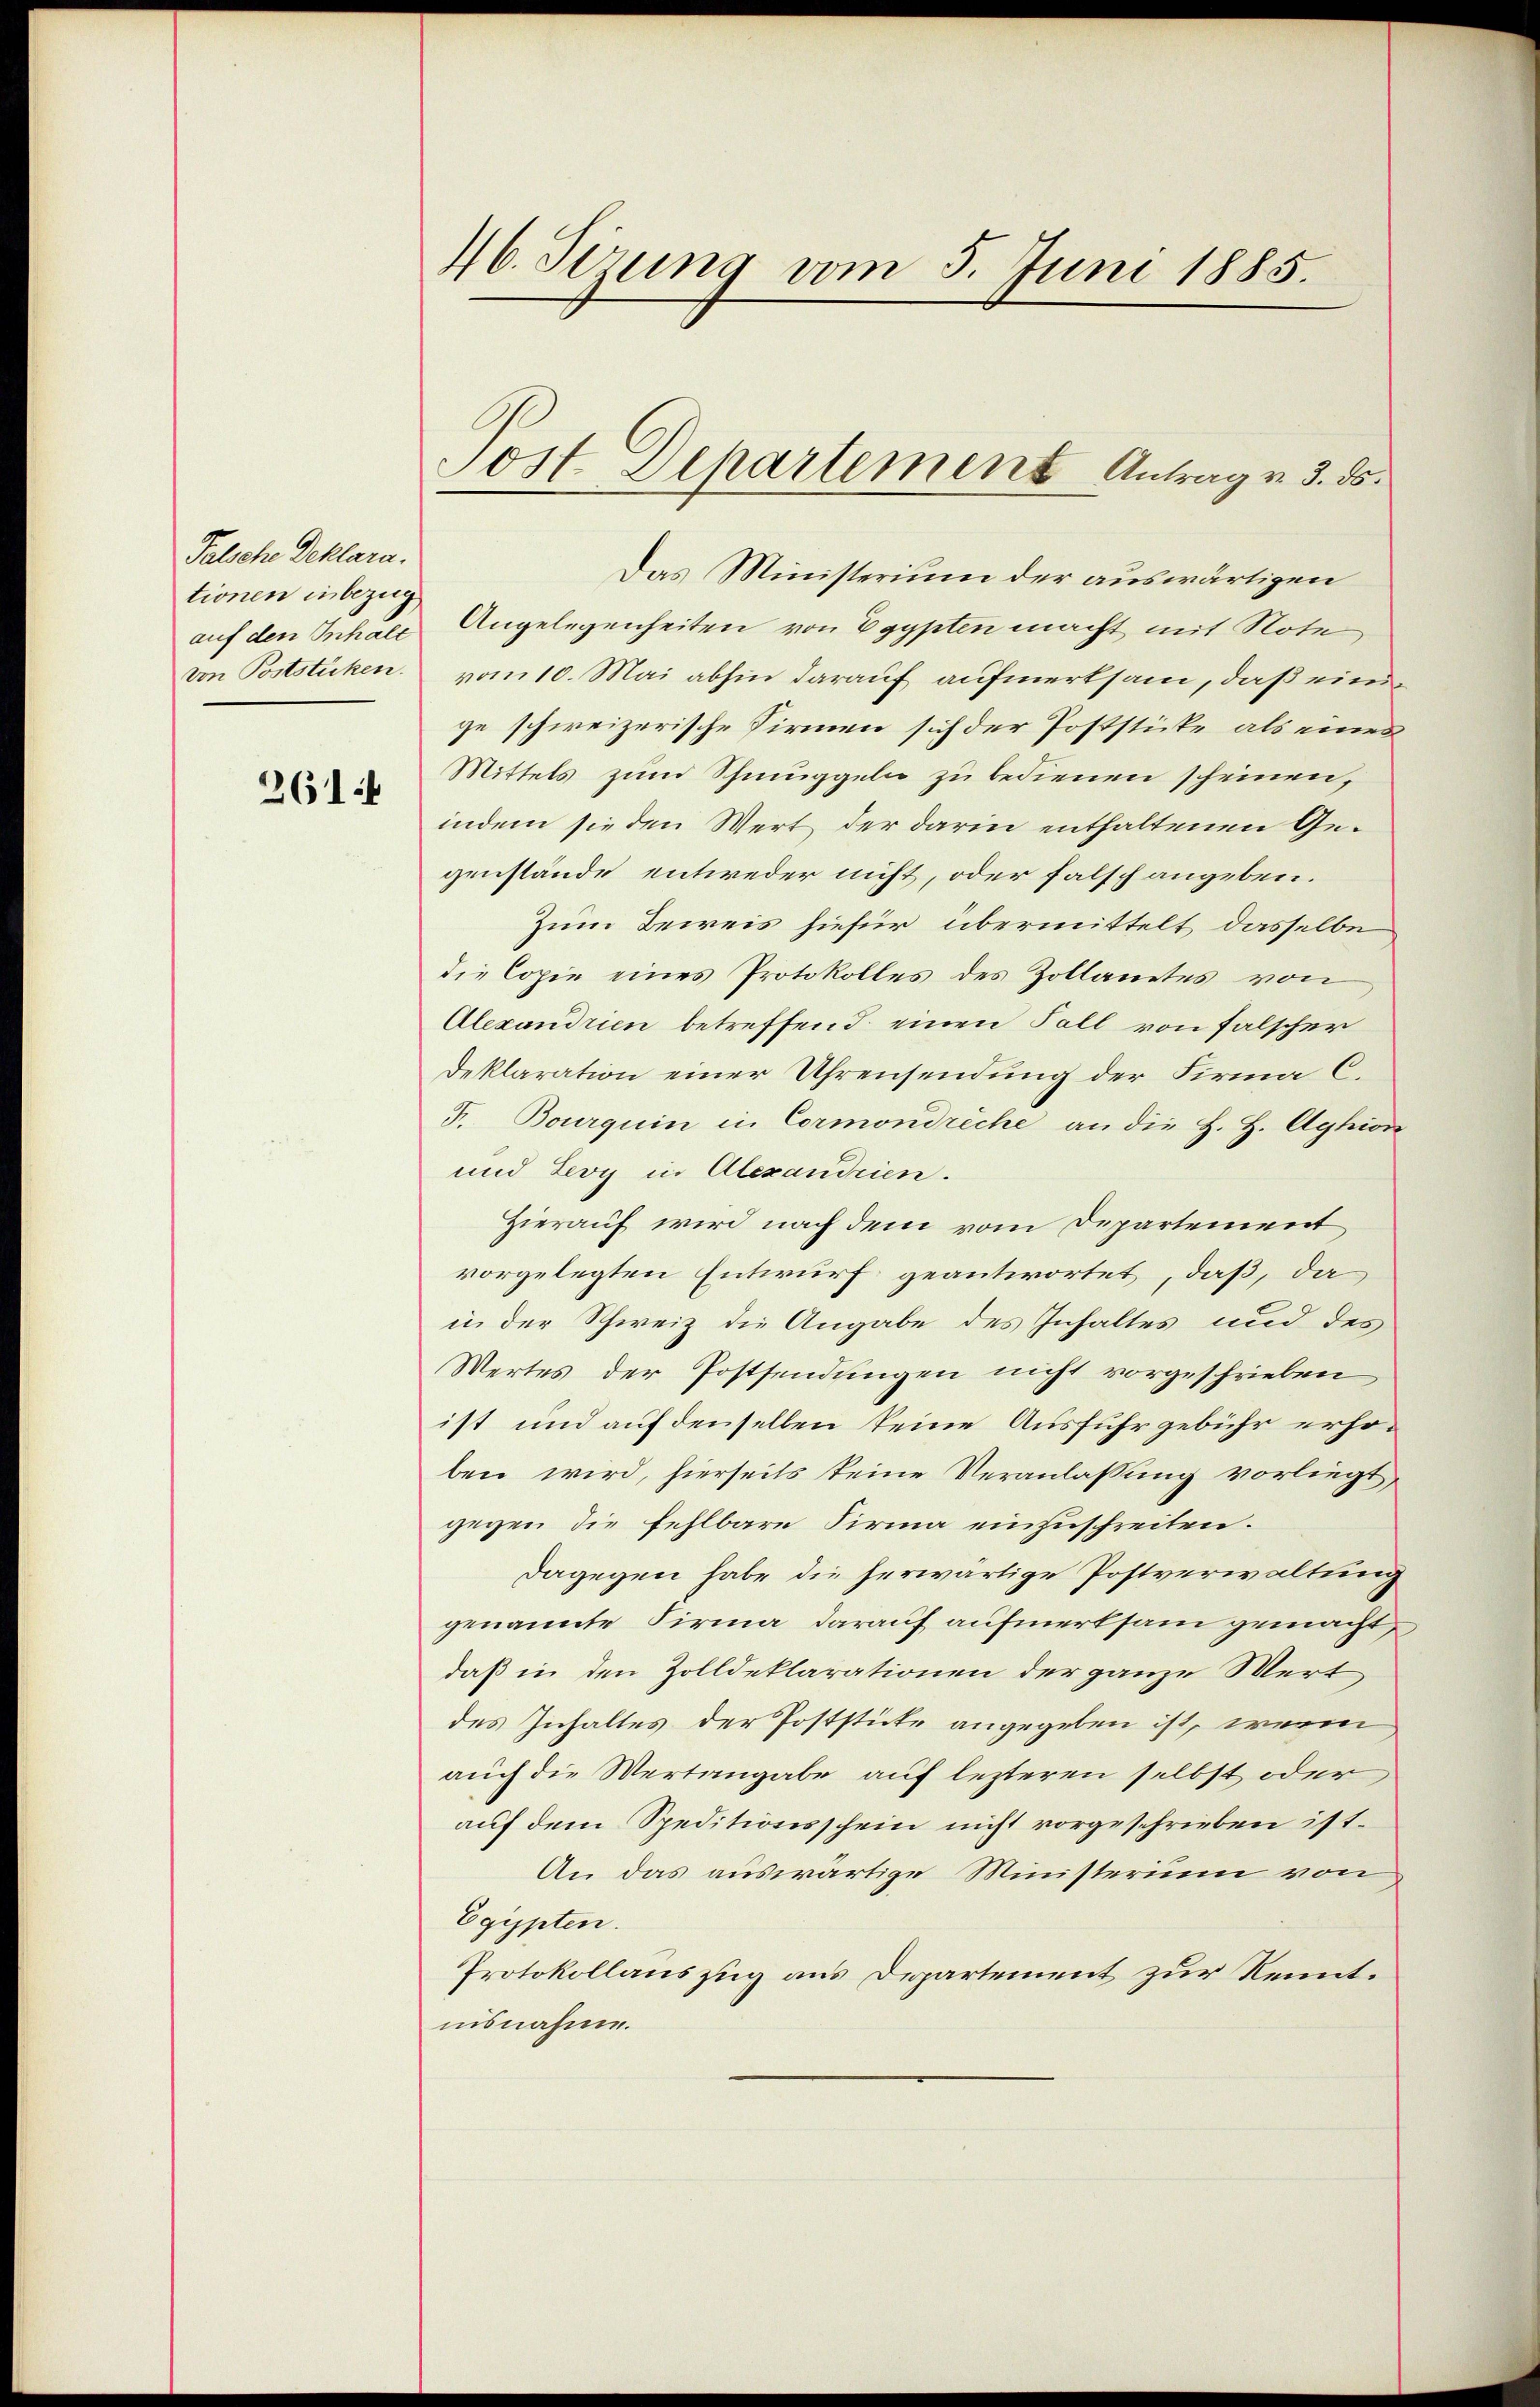
Palsche Deklara.
tionen inbezug
auf den Inhalt
von Poststücken.

2614

46. Sizung vom 5. Juni 1885.

Post Departement Antrag v. 3. ds.

Das Ministerium der auswärtigen
Angelegenheiten von Egypten macht mit Note
vom 10. Mai abhin darauf aufmerksam, daß einige schweizerische Firmen sich der Poststicke als eines
Mittels zum Schmuggeln zu bedienen scheinen,
indem sie den Wert der darin enthaltenen Gegenstände entweder nicht, oder falsch angeben.
Zum Beweis hiefür, übermittelt, dasselbe
die Copie eines Protokolles des Zollamtes von
Alexandrien betreffend einen Fall von falscher
Deklaration einer Uhrensendung der Firma C.
F. Bourquin in Cormondreche an die H. H. Aghion
und Levy in Alexandrien.
Hierauf wird nach dem vom Departement
vorgelegten Entwurf geantwortet, daß, da
in der Schweiz die Angabe des Inhaltes und des
Wertes der Postsendungen nicht vorgeschrieben,
ist und auf denselben keine Ausfuhr gebühr erhoben wird, hierseits keine Veranlassung vorliegt,
gegen die fehlbare Firma einzuschreiten.
dagegen habe die herwärtige Postverwaltung
genannte Firma darauf aufmerksam gemacht,
daß in den Zolldeklarationen der ganze Wert
des Inhaltes der Poststicke angegeben ist, wenn
auch die Wertangabe auf lezteren selbst oder
auf dem Speditionsschein nicht vorgeschrieben ist.
An das auswärtige Ministerium von
Egypten.
Protokollauszug aus Departement zur Kenntiisnahme.